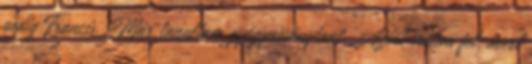
pedig Francis. Már tanultam gyógynövénytant. Azért vettem fel, mert